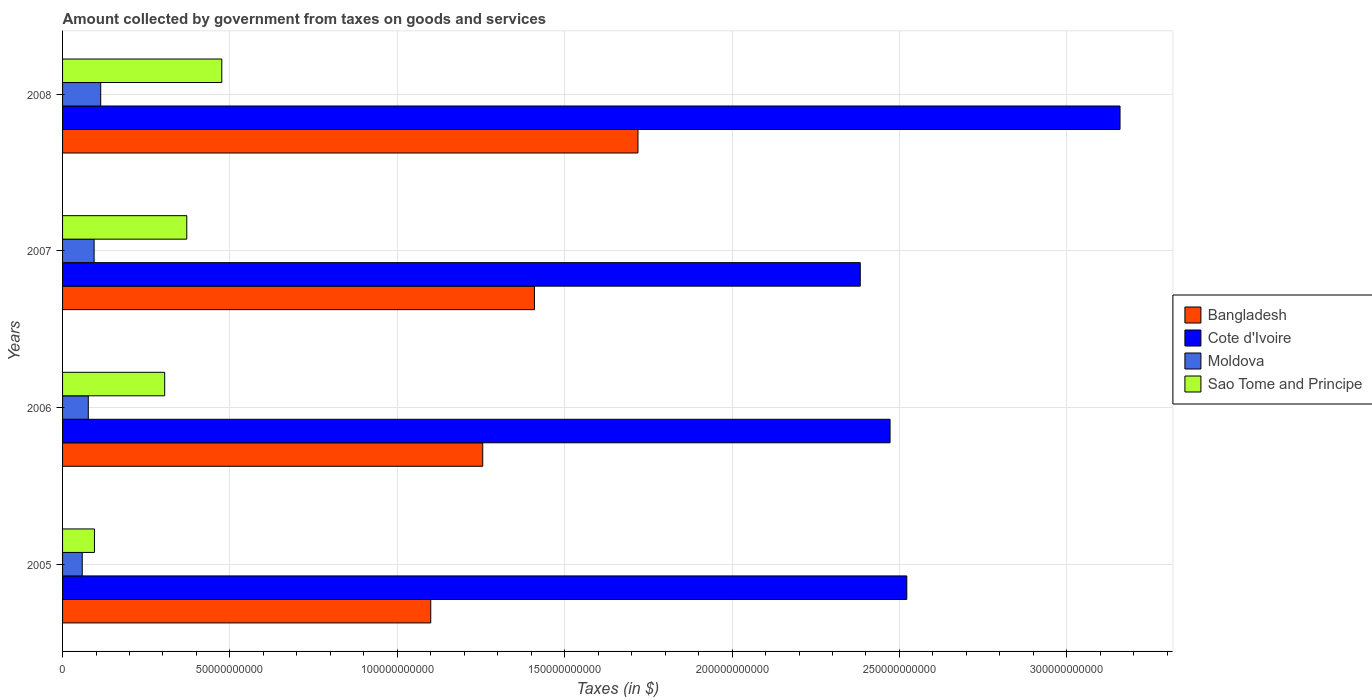
| Years | Bangladesh | Cote d'Ivoire | Moldova | Sao Tome and Principe |
 | --- | --- | --- | --- | --- |
 | 2005 | 1.1e+11 | 2.52e+11 | 5.88e+09 | 9.52e+09 |
 | 2006 | 1.26e+11 | 2.47e+11 | 7.69e+09 | 3.05e+10 |
 | 2007 | 1.41e+11 | 2.38e+11 | 9.43e+09 | 3.71e+10 |
 | 2008 | 1.72e+11 | 3.16e+11 | 1.14e+10 | 4.76e+10 |